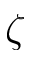
\zeta